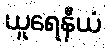
ယူရေနီယံ